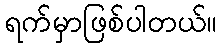
ရက်မှာဖြစ်ပါတယ်။